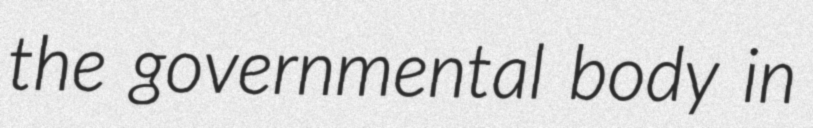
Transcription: the governmental body in